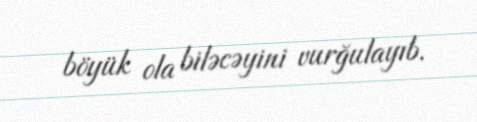
böyük ola biləcəyini vurğulayıb.